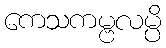
ကေသကမ္ဗလမ္ပိ